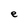
Character: e